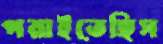
পরাইতেছিস